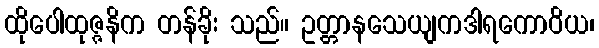
ထိုပေါထုဇ္ဇနိက တန်ခိုး သည်။ ဥတ္တာနသေယျကဒါရကောဝိယ၊